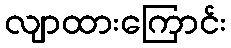
လျာထားကြောင်း